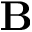
\textbf { B }